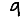
Digit: 9